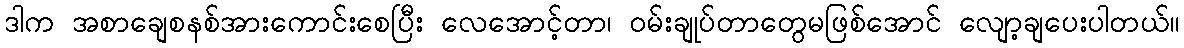
ဒါက အစာချေစနစ်အားကောင်းစေပြီး လေအောင့်တာ၊ ဝမ်းချုပ်တာတွေမဖြစ်အောင် လျော့ချပေးပါတယ်။